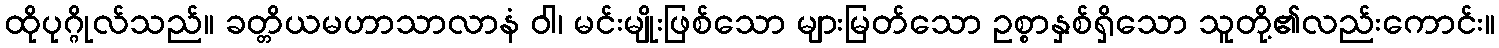
ထိုပုဂ္ဂိုလ်သည်။ ခတ္တိယမဟာသာလာနံ ဝါ၊ မင်းမျိုးဖြစ်သော များမြတ်သော ဥစ္စာနှစ်ရှိသော သူတို့၏လည်းကောင်း။